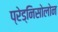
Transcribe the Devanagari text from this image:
प्रेड्निसोलोन